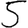
Digit: 5